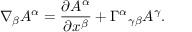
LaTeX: \nabla _ { \beta } A ^ { \alpha } = { \frac { \partial A ^ { \alpha } } { \partial x ^ { \beta } } } + \Gamma ^ { \alpha } { } _ { \gamma \beta } A ^ { \gamma } .